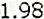
1.98